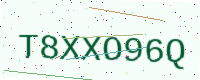
Text: T8XXO96Q